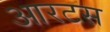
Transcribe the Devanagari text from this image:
आरटस